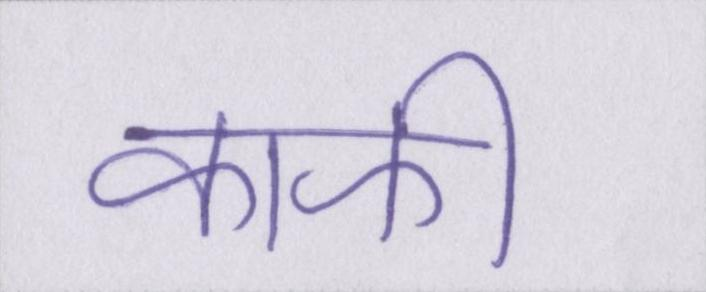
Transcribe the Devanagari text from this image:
काफी